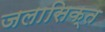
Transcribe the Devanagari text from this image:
जलासिक्त